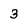
Character: 3